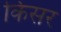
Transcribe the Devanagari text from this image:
किसर